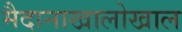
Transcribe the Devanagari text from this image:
मैदानाखालोखाल